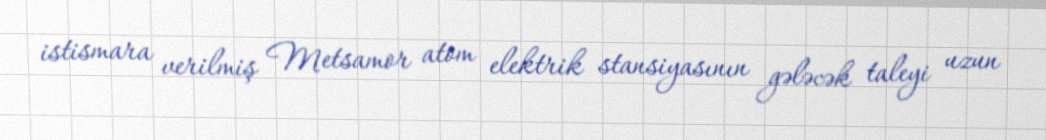
istismara verilmiş Metsamor atom elektrik stansiyasının gələcək taleyi uzun